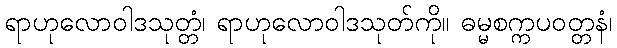
ရာဟုလောဝါဒသုတ္တံ၊ ရာဟုလောဝါဒသုတ်ကို။ ဓမ္မစက္ကပဝတ္တနံ၊